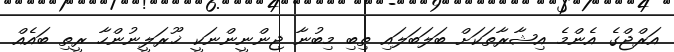
އަރްޖްގެ އެންމެ އިޝާރާތަކަށް ބަލަބަލައި ތިބި މިބުނާ ޖިންނީންނަކީ ޚޫރަލީނުންހާ ރީތި ބައެއް